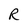
Character: R